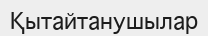
Қытайтанушылар